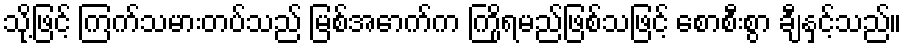
သို့ဖြင့် ကြက်သမားတပ်သည် မြစ်အောက်က ကြိုရမည်ဖြစ်သဖြင့် စောစီးစွာ ချီနှင့်သည်။